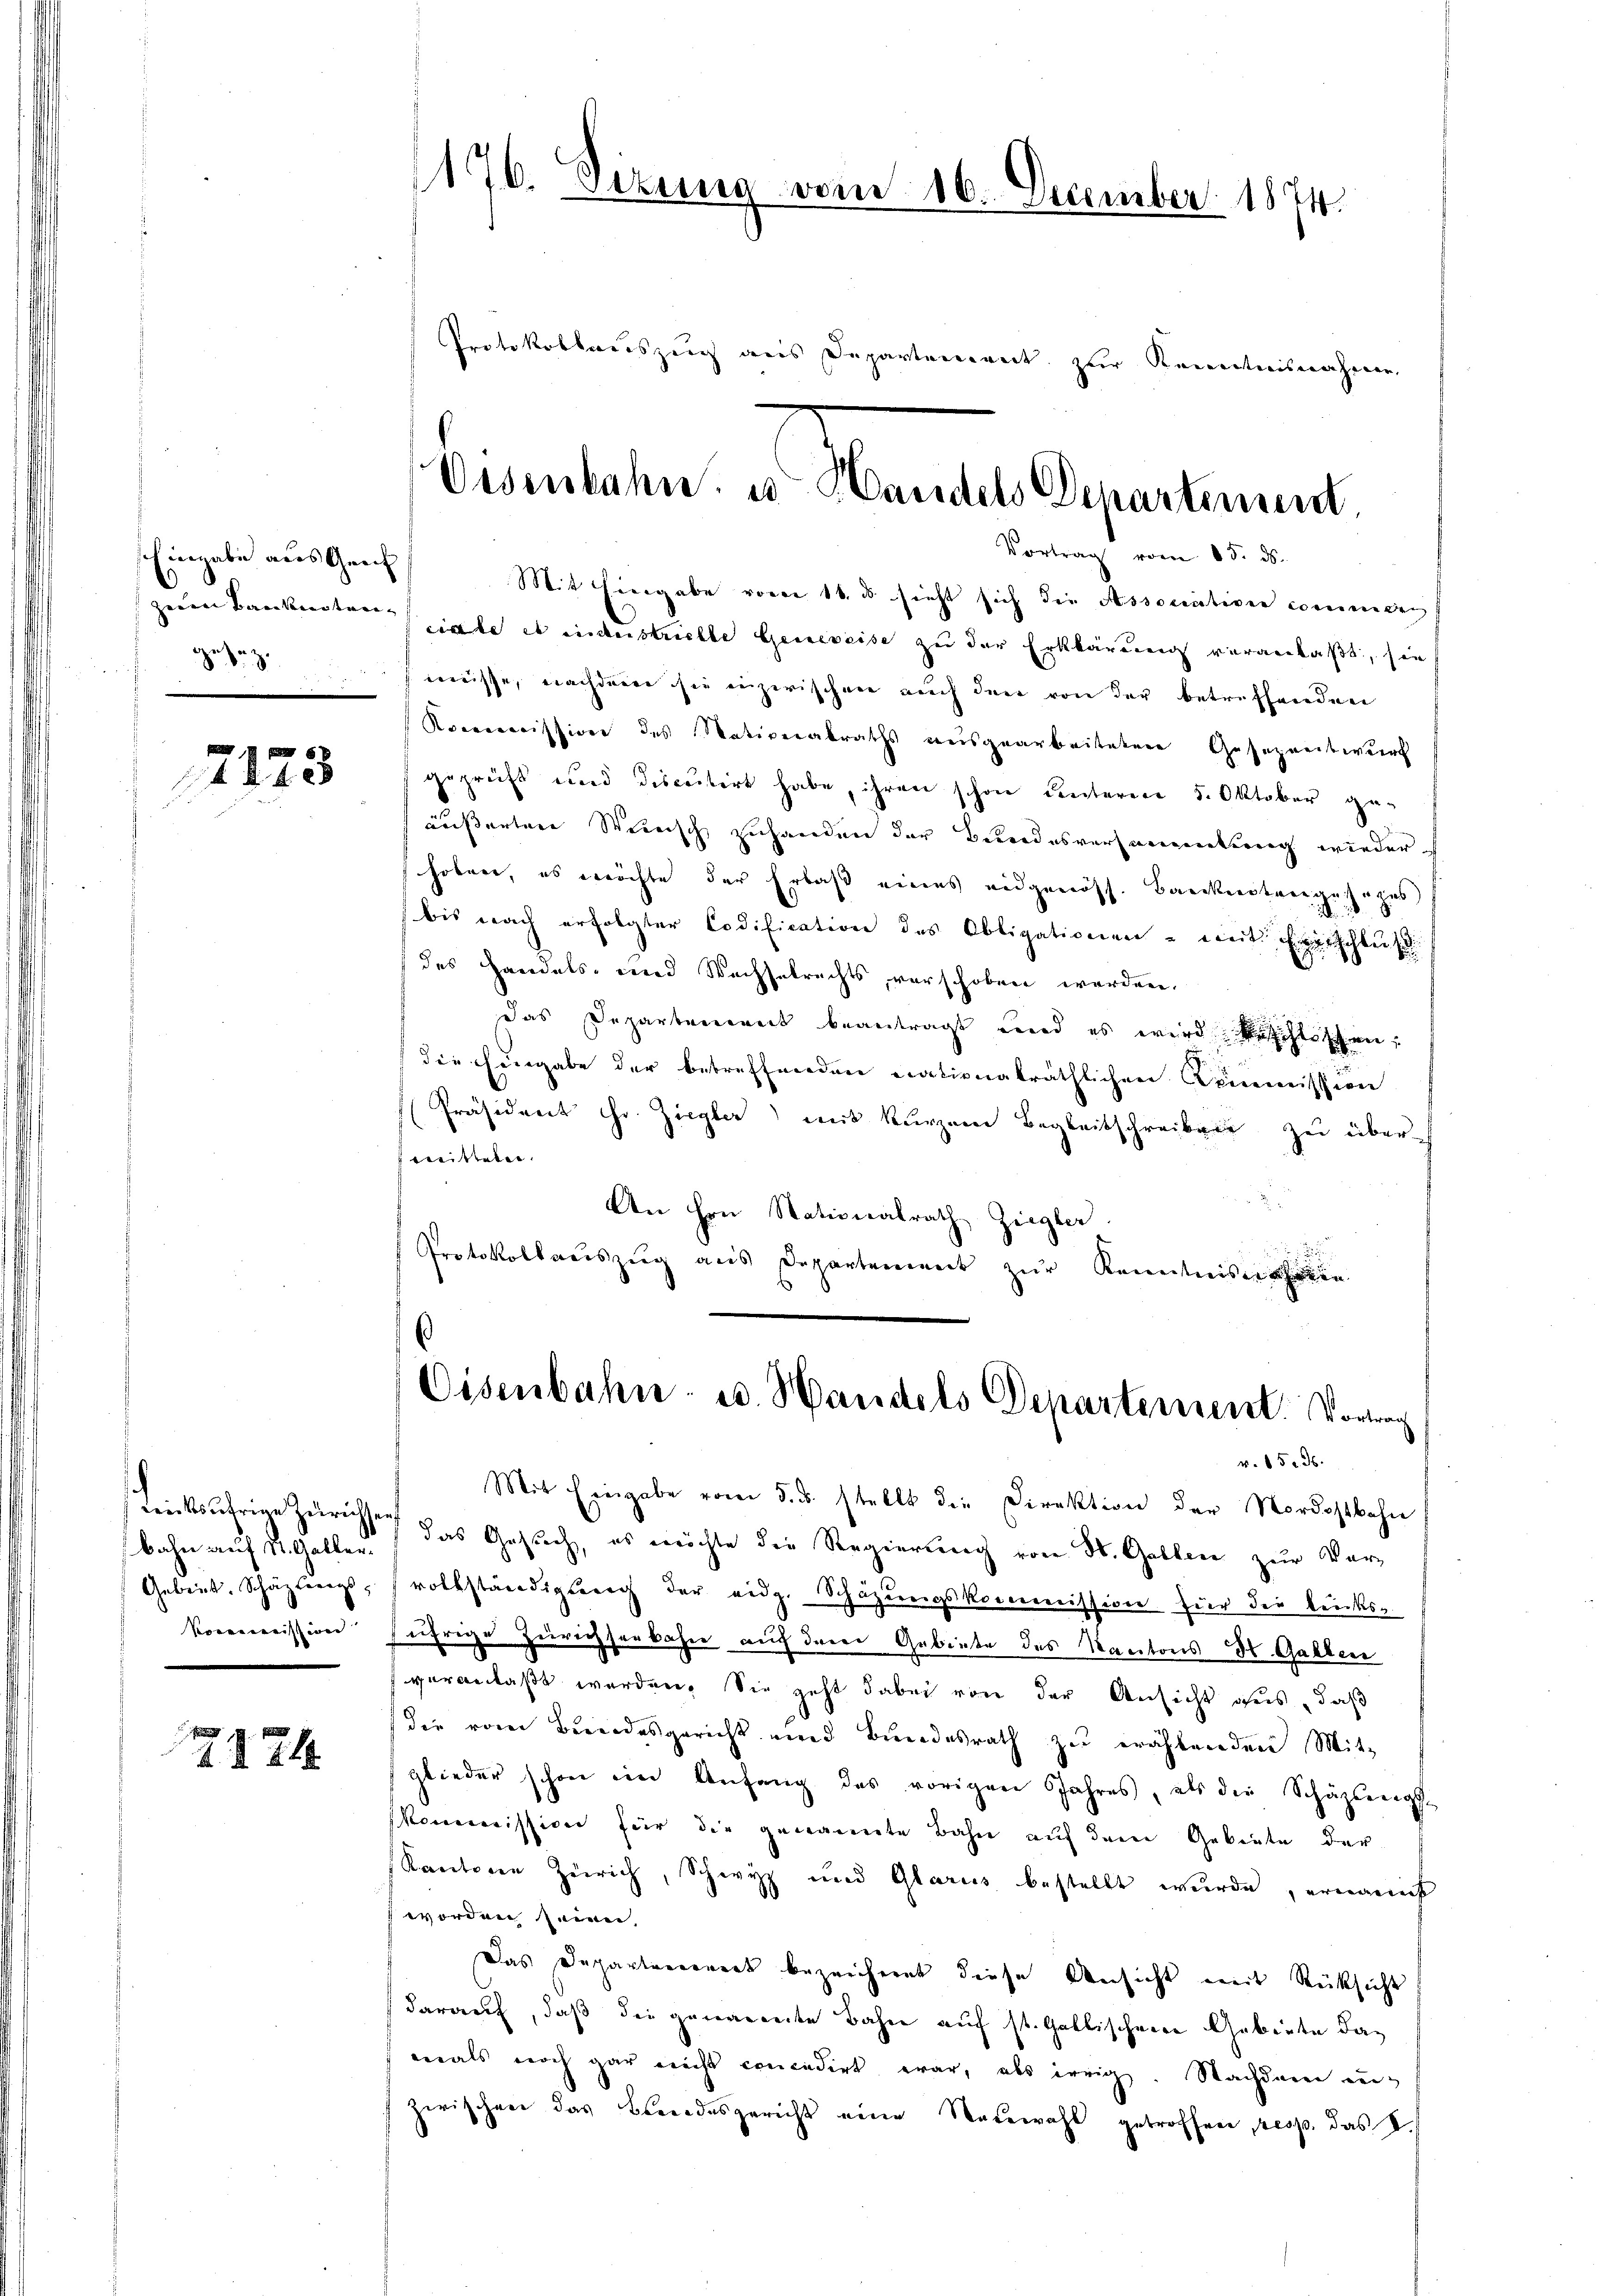
Eingabe aus Genf
Herrn Baukunsten- |
gesag¬

7123

bahn auf St. Galler.
Voremission

2124

176. Sezung vom 16. December 1874.

Protokollauszeig aus Departement zur Kenntnisnahmen.

Eisenbahn u. Handels Departement
Vortrag vom 15. ds.

Mit Eingabe vom 16. ds sieht sich die Associativen commenden
ciale es industrielle Genereise zu der Erklärung veranlaßt, sie
weisse, nachdem sie inzwischen auch den von der betreffenden
Kommission des Nativerabraths ausgearbeitetene Gesezentwurf
geprüft und discutirt habe, ihren schon unteren 5. Oktober ge-
äussertere Steirisch zuhanden der Berndesversammlung wiederhoben, es möchte der Erlaß eines eidgenöss. Bankiertengesages
bis nach erfolgter Codification des Obligationen - weit verschluß
(des Handels- und Wechselrechts verschoben werden.
das Departenweit beantragt und es wird beschlossen,
(die Eingabe der betreffenden nationalräthlichen Commission
Präsident Hr. Ziegler weit kurzerer Begleitschreiben zu über
witteln.
An Hrn. Stationalrath Ziegler.
Protokollauszug aus Departement zur Kenntnisnehren

¬
Eisenbahn- u. Handels Departement. Vortrag
v. 15. 36.

Mit Eingabe vom 5. ds. stellt die Direktion der Nordostbahn
Leichsährige Zürichte das Gesuch, es möchte die Regierung von St. Gallen zur Ver-
Gebiet. Schäzlings, vollständigung der eidg. Schazungskommission für die Rücksfährige Zürichserbahne auf dem Gebiete des Kantons St. Gallen
veranlaßt werden. Sie geht dabei von der Ansicht aus, daß
die vom Bundesgericht und Bundesrath zu erachtenden Mitglieder schon im Anfang des vorigen Jahres, als die Schäzlings-
Kommission für die genannte Bahn auf dem Gebiete der
Kantone Zürich, Schwyz und Glarus bestellt wurde, ernannt
worden seien,
Das Departenerwerk bezeichnent diese Ansicht mit Rücksicht
darauf, daß die gewarnte Bahne auf st. Gallischene Gebiete damals noch gar nicht concedirt war, als irrig. Nachdem einzwischen das Blendesgericht eine Neuwahl getroffen resp. das V.